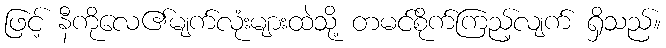
ဖြင့် နီကိုလေ၏မျက်လုံးများထဲသို့ တမင်စိုက်ကြည့်လျက် ရှိသည်။